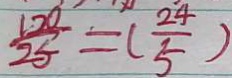
\frac { 1 2 0 } { 2 5 } = ( \frac { 2 4 } { 5 } )